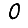
Digit: 0